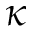
\kappa